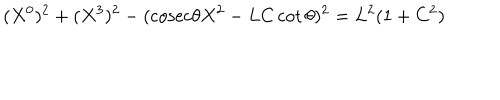
( X ^ { 0 } ) ^ { 2 } + ( X ^ { 3 } ) ^ { 2 } - ( \mathrm { c o s e c } \theta X ^ { 2 } - L C \cot \theta ) ^ { 2 } = L ^ { 2 } ( 1 + C ^ { 2 } )